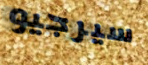
سيرجيو